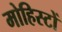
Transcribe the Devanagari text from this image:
मोहिस्टों